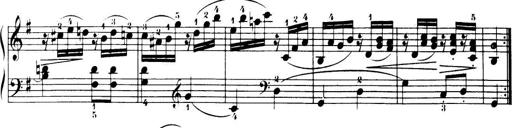
Title: 32 Sonatinas and Rondos for the Piano
Composer: Richard Kleinmichel